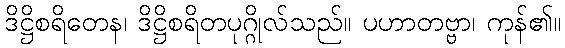
ဒိဋ္ဌိစရိတေန၊ ဒိဋ္ဌိစရိတပုဂ္ဂိုလ်သည်။ ပဟာတဗ္ဗာ၊ ကုန်၏။